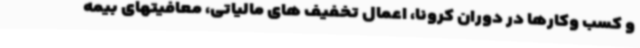
و کسب وکارها در دوران کرونا، اعمال تخفیف های مالیاتی، معافیتهای بیمه